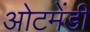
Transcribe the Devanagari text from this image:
ओटमेंडी